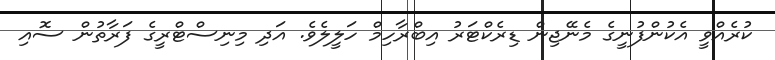
ކުރެއްވީ އެކުންފުނީގެ މެނޭޖިން ޑިރެކްޓަރު އިބްރާހިމް ހަލީލެވެ. އަދި މިނިސްޓްރީގެ ފަރާތުން ސޮއި